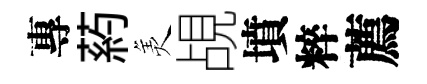
專葯羙覘墳粹薦